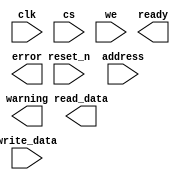
module online_tester(
                     input wire           clk,
                     input wire           reset_n,
                     input wire           cs,
                     input wire           we,
                     input wire  [7 : 0]  address,
                     input wire  [31 : 0] write_data,
                     output wire [31 : 0] read_data,
                     output wire          ready,
                     output wire          warning,
                     output wire          error
                     );
  localparam ADDR_NAME0       = 8'h00;
  localparam ADDR_NAME1       = 8'h01;
  localparam ADDR_VERSION     = 8'h02;
  localparam CORE_NAME0       = 32'h6f6c5f74; 
  localparam CORE_NAME1       = 32'h65737420; 
  localparam CORE_VERSION     = 32'h302e3130; 
  always @ (posedge clk or negedge reset_n)
    begin
      if (!reset_n)
        begin
        end
      else
        begin
        end
    end 
endmodule